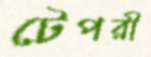
টেপরী